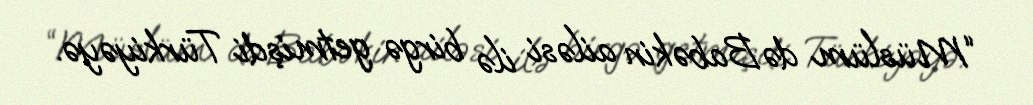
“Müslüm də Babəkin ailəsi ilə birgə getmişdi Türkiyəyə.